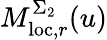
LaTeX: M_{\mathrm{loc},r}^{\Sigma_{2}}(u)